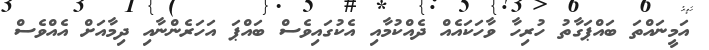
އަމީނައްތަ ބައްޕަގާތު ހުރިހާ ވާހަކައެއް ދެއްކުމާއި އެކުގައިވެސް ބައްޕަ އަހަރެންނާއި ދިމާއަށް އެއްވެސް